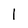
Character: l